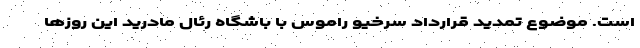
است. موضوع تمدید قرارداد سرخیو راموس با باشگاه رئال مادرید این روزها